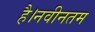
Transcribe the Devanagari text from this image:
है।नवीनतम